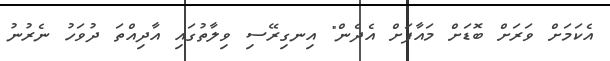
އެކަމަށް ވަރަށް ބޮޑަށް މައާފަށް އެދެން" އިނގިރޭސި ވިލާތުގައި އާދިއްތަ ދުވަހު ނެރުނު